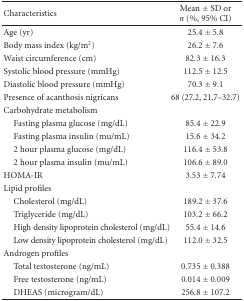
| Characteristics | Mean ± SD or n (%, 95% CI) |
 | --- | --- |
 | Age (yr) | 25.4 ± 5.8 |
 | Body mass index (kg/m2) | 26.2 ± 7.6 |
 | Waist circumference (cm) | 82.3 ± 16.3 |
 | Systolic blood pressure (mmHg) | 112.5 ± 12.5 |
 | Diastolic blood pressure (mmHg) | 70.3 ± 9.1 |
 | Presence of acanthosis nigricans | 68 (27.2, 21.7–32.7) |
 | Carbohydrate metabolism |  |
 | Fasting plasma glucose (mg/dL) | 85.4 ± 22.9 |
 | Fasting plasma insulin (mu/mL) | 15.6 ± 34.2 |
 | 2 hour plasma glucose (mg/dL) | 116.4 ± 53.8 |
 | 2 hour plasma insulin (mu/mL) | 106.6 ± 89.0 |
 | HOMA-IR | 3.53 ± 7.74 |
 | Lipid profiles |  |
 | Cholesterol (mg/dL) | 189.2 ± 37.6 |
 | Triglyceride (mg/dL) | 103.2 ± 66.2 |
 | High density lipoprotein cholesterol (mg/dL) | 55.4 ± 14.6 |
 | Low density lipoprotein cholesterol (mg/dL) | 112.0 ± 32.5 |
 | Androgen profiles |  |
 | Total testosterone (ng/mL) | 0.735 ± 0.388 |
 | Free testosterone (ng/mL) | 0.014 ± 0.009 |
 | DHEAS (microgram/dL) | 256.8 ± 107.2 |